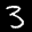
Label: 3